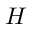
H